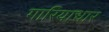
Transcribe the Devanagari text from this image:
गारियाधार